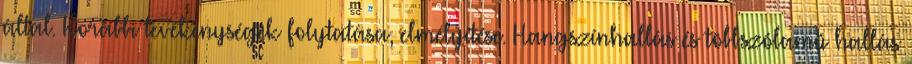
által. Korábbi tevékenységek folytatása, elmélyítése. Hangszínhallás és többszólamú hallás